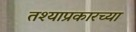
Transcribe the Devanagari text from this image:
तश्याप्रकारच्या